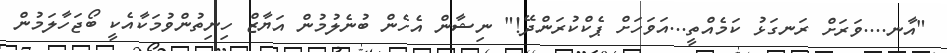
"އާނ....ވަރަށް ރަނގަޅު ކަމެއްތީ...އަވަހަށް ޕެކްކުރަންދޭ!" ނިޝާން އެހެން ބުނެލުމުން އަޔާޒް ހިނިތުންވުމަކާއެކީ ބޯޖަހާލަމުން